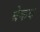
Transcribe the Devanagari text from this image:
बेकद